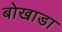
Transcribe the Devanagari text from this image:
बोखाडा